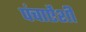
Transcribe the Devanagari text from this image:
पंचाऐंशी